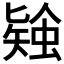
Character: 𧎃